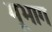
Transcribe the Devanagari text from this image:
मूभाग